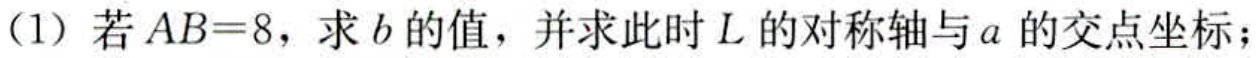
(1) 若\(AB = 8\)，求\(b\)的值，并求此时\(L\)的对称轴与\(a\)的交点坐标；